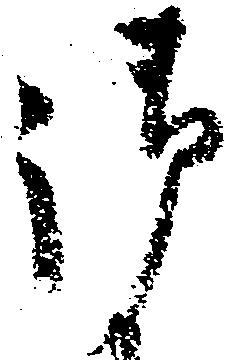
御